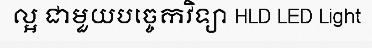
ល្អ ជាមួយបច្ចេកវិទ្យា HLD LED Light